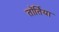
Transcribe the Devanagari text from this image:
तॉर्तिया